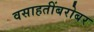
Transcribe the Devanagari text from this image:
वसाहतींबरोबर